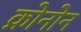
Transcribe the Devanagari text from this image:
क्रोनोन